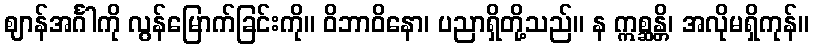
ဈာန်အင်္ဂါကို လွန်မြောက်ခြင်းကို။ ဝိဘာဝိနော၊ ပညာရှိတို့သည်။ န ဣစ္ဆန္တိ၊ အလိုမရှိကုန်။